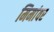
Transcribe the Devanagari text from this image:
मिमांवर